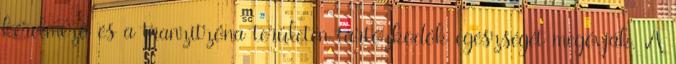
kérelmező és a tranzitzóna területén tartózkodók egészségét megóvják. A